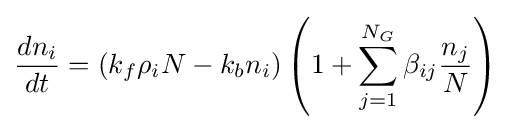
{\frac {dn_{i}}{dt}}=(k_{f}\rho _{i}N-k_{b}n_{i})\left(1+\sum _{j=1}^{N_{G}}\beta _{ij}{\frac {n_{j}}{N}}\right)